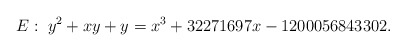
\begin{align*}E : \; y^2 + xy + y = x^3 + 32271697x - 1200056843302.\end{align*}